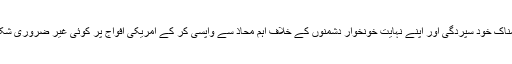
جناب صدر ، براہ کرم شرمناک خود سپردگی اور اپنے نہایت خونخوار دشمنوں کے خلاف اہم محاذ سے واپسی کر کے امریکی افواج پر کوئی غیر ضروری شکست کی مہر ثبت نہ کریں ۔